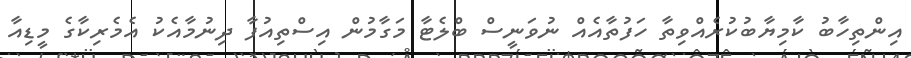
އިންތިހާބު ކާމިޔާބުކުރެއްވިތާ ހަފުތާއެއް ނުވަނީސް ބްލެޓާ މަގާމުން އިސްތިއުފާ ދިނުމާއެކު އެމެރިކާގެ މީޑިއާ